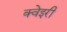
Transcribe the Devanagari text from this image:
क्वेइरी